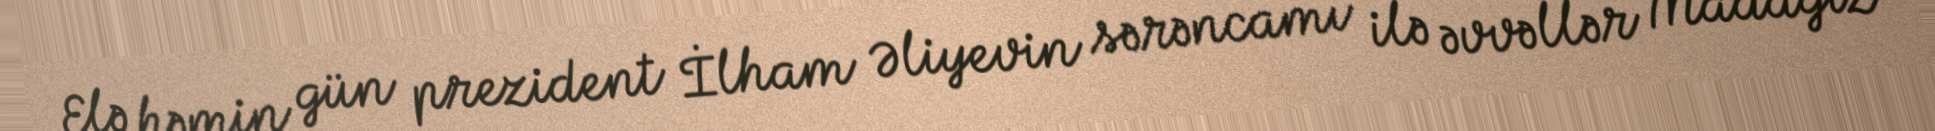
Elə həmin gün prezident İlham Əliyevin sərəncamı ilə əvvəllər Madagiz